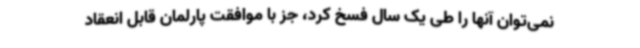
نمی‌توان آنها را طی یک سال فسخ کرد، جز با موافقت پارلمان قابل انعقاد